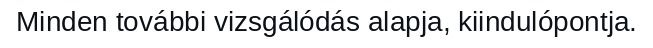
Minden további vizsgálódás alapja, kiindulópontja.